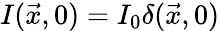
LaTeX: I(\vec{x},0)=I_{0}\delta(\vec{x},0)